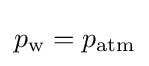
p_{\rm {w}}=p_{\rm {atm}}